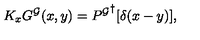
K _ { x } G ^ { \cal G } ( x , y ) = { P ^ { \cal G } } ^ { \dagger } [ \delta ( x - y ) ] ,